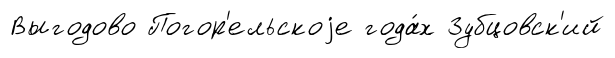
Выгодово Погор'ельскоjе года́х Зубцовск'ий